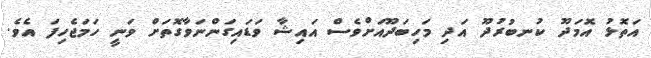
އަތޮޅު އޮމަދޫ ކުނބުރުދޫ އަދި މަހިބަދޫއަށްވެސް އައިޝާ ވަޑައިގަންނަވާގޮތަށް ވަނީ ހަމަޖެހިފަ އެވެ.